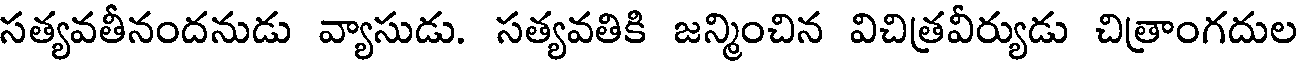
సత్యవతీనందనుడు వ్యాసుడు. సత్యవతికి జన్మించిన విచిత్రవీర్యుడు చిత్రాంగదుల